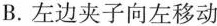
B.左边夹子向左移动